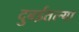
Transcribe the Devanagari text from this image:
दुबईतल्या